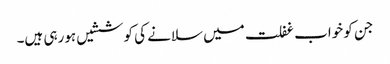
جن کو خواب غفلت میں سلانے کی کوششیں ہورہی ہیں۔